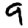
Digit: 9